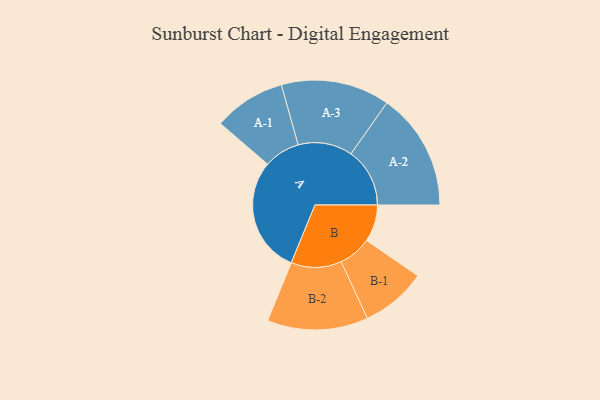
{"axis": {"x": "Segment", "y": "Value"}, "legend": ["", "A", "B"], "data": [{"x": "A", "y": 474, "type": ""}, {"x": "B", "y": 151, "type": ""}, {"x": "A-1", "y": 147, "type": "A"}, {"x": "A-2", "y": 240, "type": "A"}, {"x": "A-3", "y": 222, "type": "A"}, {"x": "B-1", "y": 134, "type": "B"}, {"x": "B-2", "y": 206, "type": "B"}]}